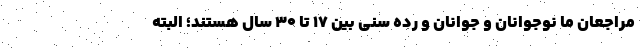
مراجعان ما نوجوانان و جوانان و رده سنی بین 17 تا 30 سال هستند؛ البته